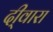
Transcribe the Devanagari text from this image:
दी्वारा